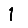
Digit: 1